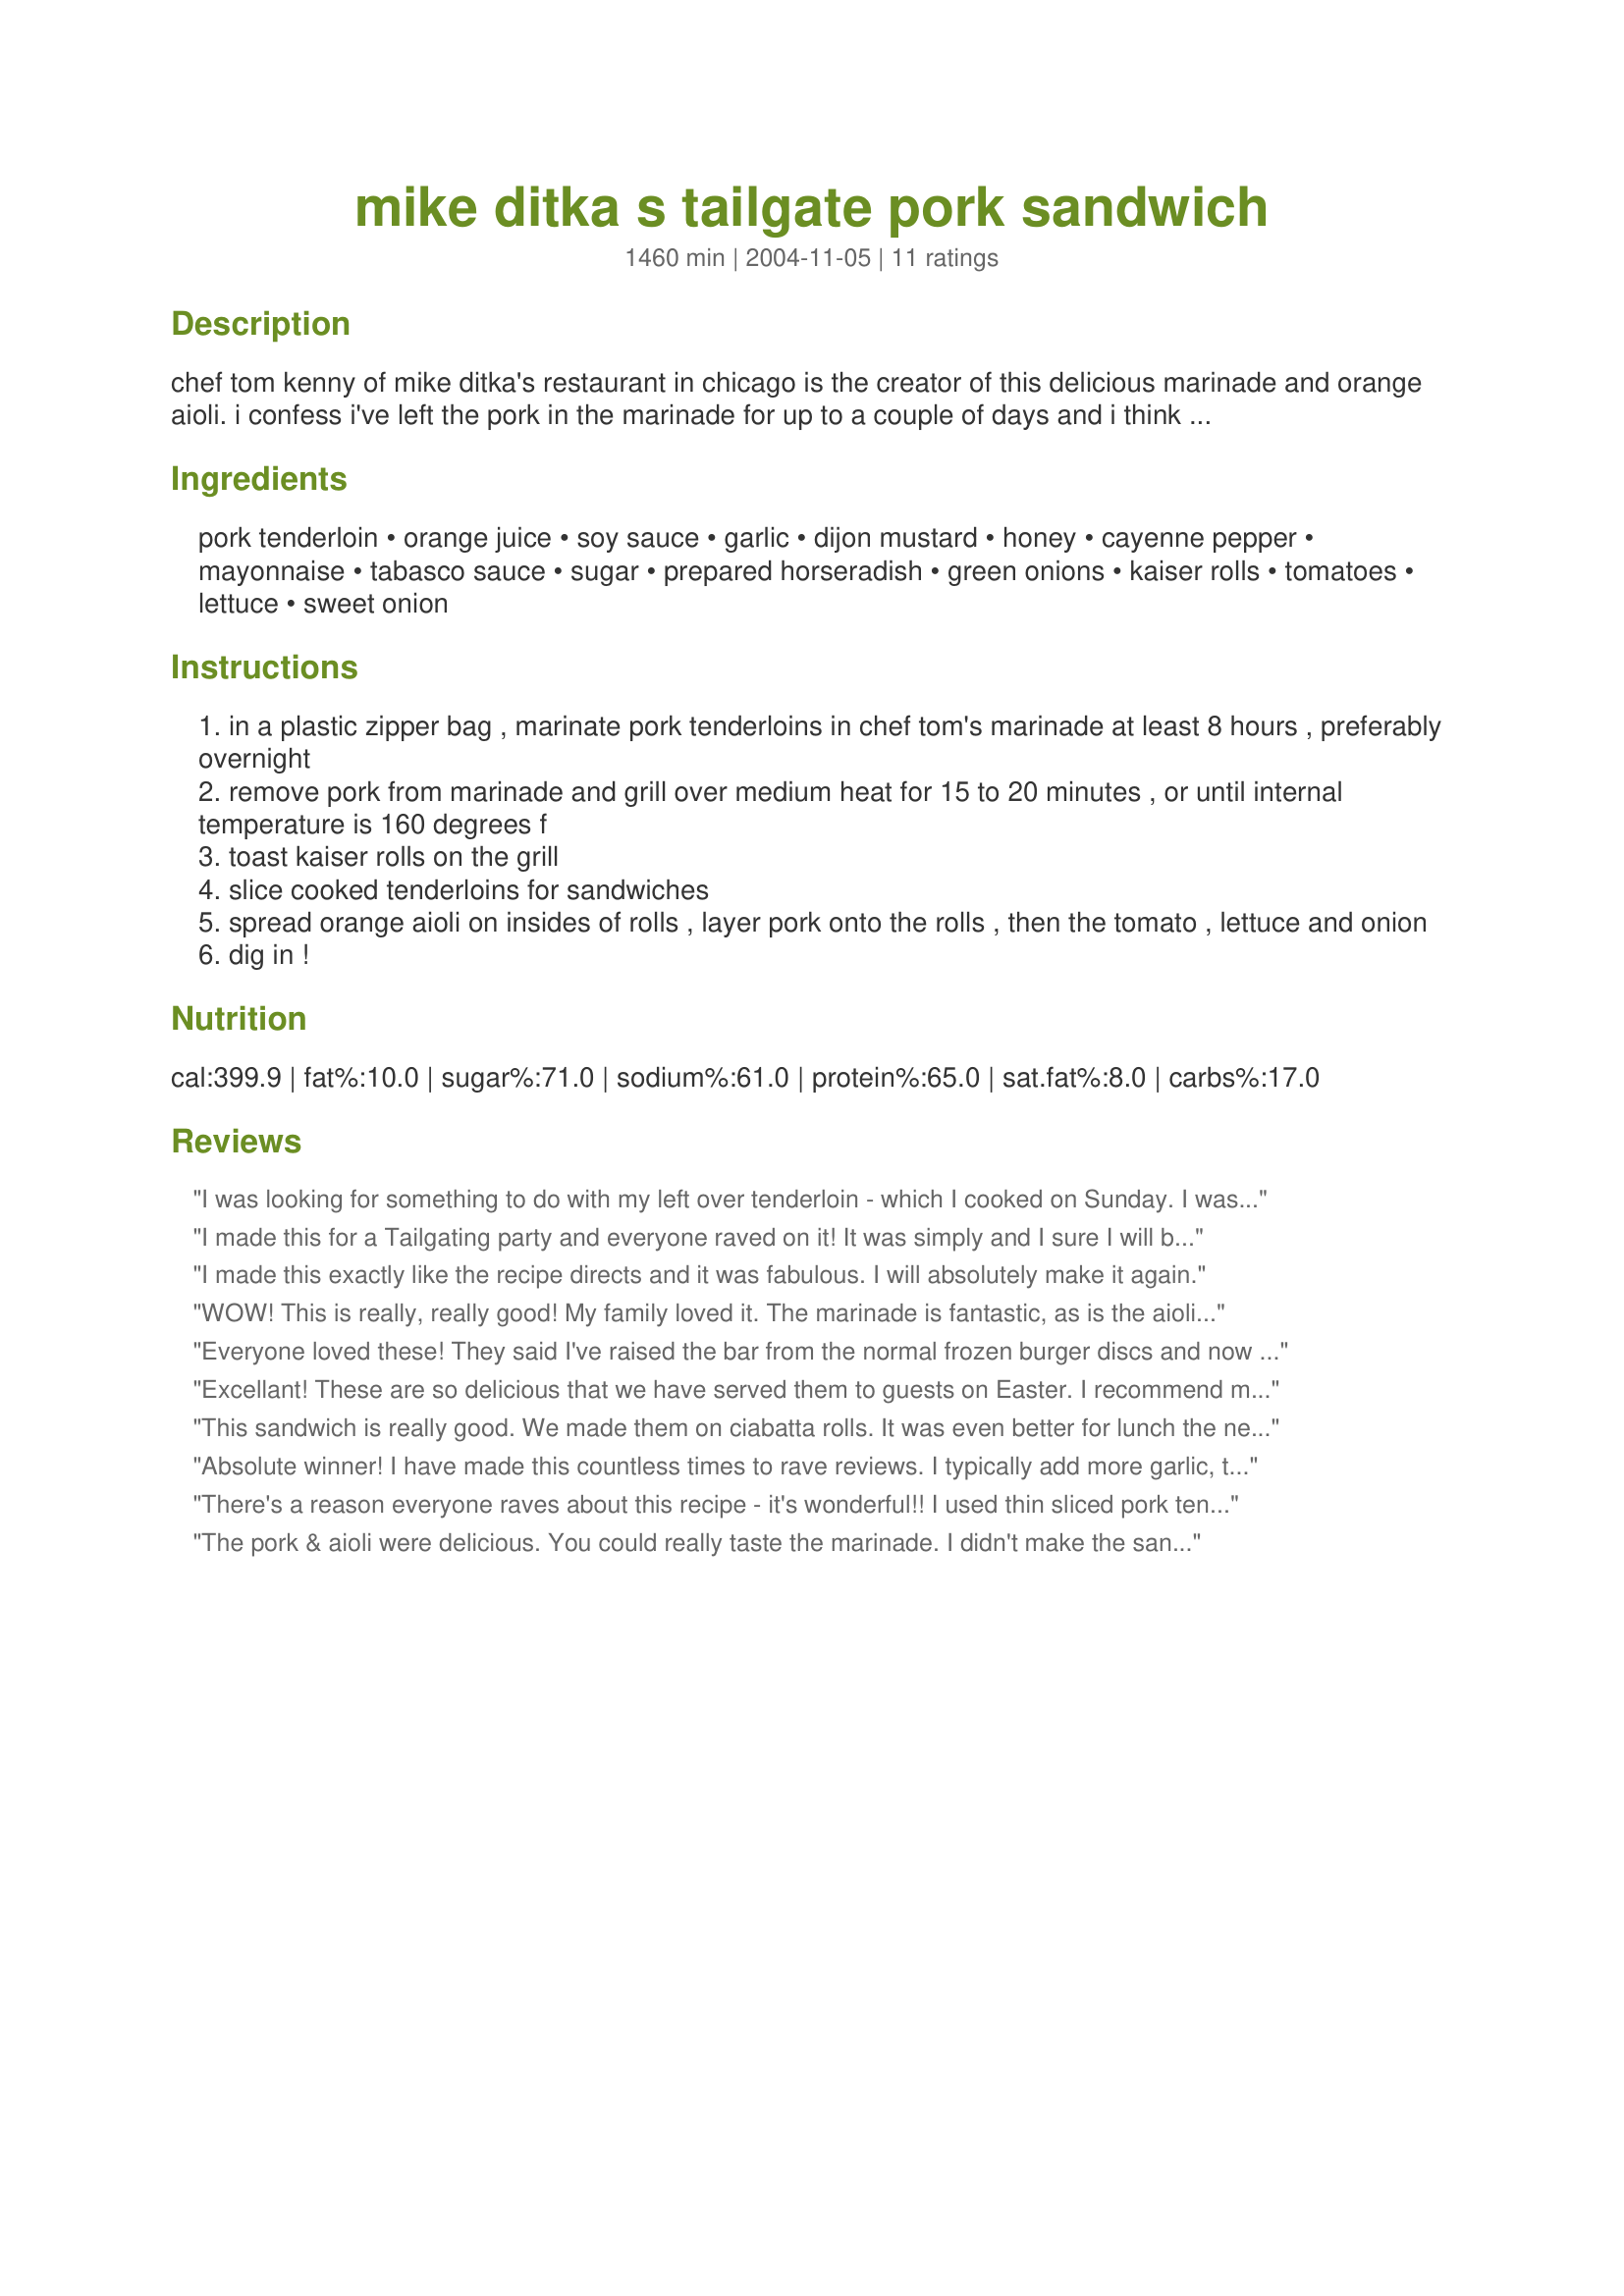
mike ditka s tailgate pork sandwich
Preparation time: 1460 minutes

chef tom kenny of mike ditka's restaurant in chicago is the creator of this delicious marinade and orange aioli. i confess i've left the pork in the marinade for up to a couple of days and i think it tastes even better. and the orange aioli is to die for and in fact tastes good as a chicken sandwich dressing. all in all, it's a great sandwich and very easy! prep time includes marinating the pork.

Ingredients:
pork tenderloin, orange juice, soy sauce, garlic, dijon mustard, honey, cayenne pepper, mayonnaise, tabasco sauce, sugar, prepared horseradish, green onions, kaiser rolls, tomatoes, lettuce, sweet onion

Steps:
in a plastic zipper bag , marinate pork tenderloins in chef tom's marinade at least 8 hours , preferably overnight
remove pork from marinade and grill over medium heat for 15 to 20 minutes , or until internal temperature is 160 degrees f
toast kaiser rolls on the grill
slice cooked tenderloins for sandwiches
spread orange aioli on insides of rolls , layer pork onto the rolls , then the tomato , lettuce and onion
dig in !

Reviews:
I was looking for something to do with my left over tenderloin - which I cooked on Sunday. I was not sure about the Orange Aioli when I first read recipe. It was WONDERFUL! Hubby had 2 sammies and was eating for taste. A + in my book. Next time I'm going to try the marinade. THANK YOU for a great recipe - going to put a copy of this in the motorhome.. A definite favorite.
I made this for a Tailgating party and everyone raved on it! 
It was simply and I sure I will be asked to make it again!
I made this exactly like the recipe directs and it was fabulous. I will absolutely make it again.
WOW! This is really, really good! My family loved it. The marinade is fantastic, as is the aioli. We had to make this twice in one week!
Everyone loved these! They said I've raised the bar from the normal frozen burger discs and now must come to every tailgate! I'd like to up the oj in the aioli next time more so you really taste the orange and I definitely added a ton more horseradish b/c I adore horseradish mayo, but it was really easy, juicy and yummy! Served on french bread rolls. Thanks so much for posting!
Excellant! These are so delicious that we have served them to guests on Easter. I recommend marinating the pork close to 48 hrs, but overnight is still delicious. I also add the zest of 1 orange to the aioli. We've enjoyed these for 3 years now, can't believe I'm just now reviewing. Its one of my favorite sandwiches to eat during the summer months. ps, don't think it needs tomatoes at all.
This sandwich is really good. We made them on ciabatta rolls. It was even better for lunch the next couple of days. I would place the left over pork slices (that I kept refrigerated in the aiola) on a ciabatta roll with onion and take it to work. At lunch time, I wrap it in a paper towel and microwave it for 1 minute. When it was ready, I topped it with sliced tomato. Absolutely wonderful. Thanks so much for the memorable lunches.
Absolute winner! I have made this countless times to rave reviews. I typically add more garlic, tabasco (or whatever you prefer) and horseradish. I like to amp up the orange flavor by adding some zest. It pairs so well with the spice from both the pepper sauce and horseradish. Make sure you make the aioli the night before for the flavors to develop.
There's a reason everyone raves about this recipe - it's wonderful!! I used thin sliced pork tenderloin to begin with and the marinade really came through. I thought there would be too much aioli, but there was NONE left over. I did add more horseradish because we like the heat. Great recipe, thanks so much!
The pork & aioli were delicious. You could really taste the marinade. I didn't make the sandwiches though. Served it sliced with rice & broccoli. I used sirachi sauce in place of the tabasco since that is what I had. Looking forward to trying it as a sandwich.
Fantastic sandwiches. I made these last weekend for guests, and everyone raved about the meat as well as the aioli. My tenderloins were rather large (about 1.5 pounds each)--I marinated them about 24 hours, grilled to around 150F, then removed from the grill and tented with foil while I toasted the kaiser rolls. The aioli was just wonderful--I made it the day before, adding a little fresh orange zest to boost the orange flavor and increasing the horseradish a bit. (If I hadn't been expecting guests, I would have upped the horseradish even more.) The only Tabasco I had on hand was habanero, so I subbed Frank's RedHot, as I knew one of our guests is a lightweight when it comes to heat. I served Recipe #21843 as one of the sides and thought it went quite well. Anyway, these are great sandwiches--thanks for posting the recipe!
